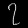
Digit: ၇